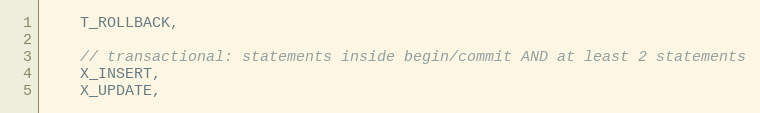
Language: C
    T_ROLLBACK,

    // transactional: statements inside begin/commit AND at least 2 statements
    X_INSERT,
    X_UPDATE,